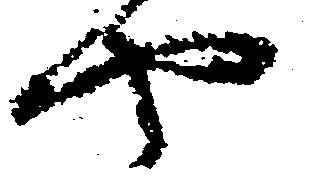
や